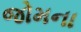
જોમના